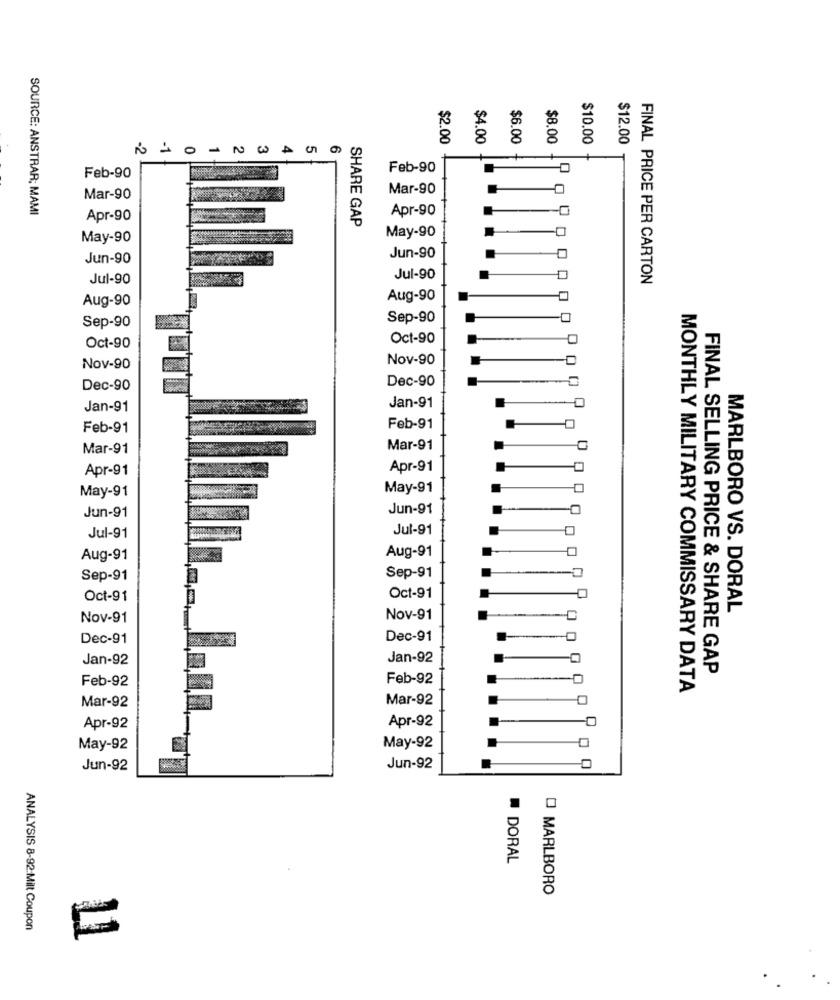
8
8
8
$8.00
$10.00
$12.00
0
Feb-90
Feb-90
Mar-90
Mar-90
SOURCE: ANSTRAR; MAMI
Apr-90
Apr-90
SHARE GAP
May-90
May-90
Jun-90
Jun-90
Jul-90
Jul-90
FINAL PRICE PER CARTON
Aug-90
Aug-90
QQ0
Sep-90
Sep-90
Oct-90
Oct-90
Nov-90
Nov-90
Dec-90
Dec-90
Jan-91
Jan-91
Feb-91
Feb-91
Mar-91
Mar-91
Apr-91
Apr-91
May-91
May-91
Jun-91
Jun-91
Jul-91
Jul-91
Aug-91
Aug-91
Sep-91
Sep-91
Oct-91
Oct-91
MARLBORO VS. DORAL
Nov-91
Nov-91
Dec-91
Dec-91
Jan-92
Jan-92
-0
FINAL SELLING PRICE & SHARE GAP
Feb-92
Feb-92
MONTHLY MILITARY COMMISSARY DATA
Mar-92
Mar-92
Apr-92
Apr-92
May-92
May-92
Jun-92
Jun-92
DORAL
O MARLBORO
ANALYSIS 8-92.Milt Coupon